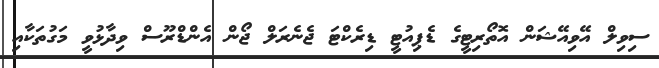
ސިވިލް އޭވިއޭޝަން އޮތޯރިޓީގެ ޑެޕިއުޓީ ޑިރެކްޓަ ޖެނެރަލް ޖޯން އެންޑްރޫސް ވިދާޅުވީ މަގުތަކާއި